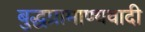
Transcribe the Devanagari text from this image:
बुद्धप्रामाण्यवादी